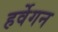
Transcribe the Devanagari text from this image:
हर्वेगन